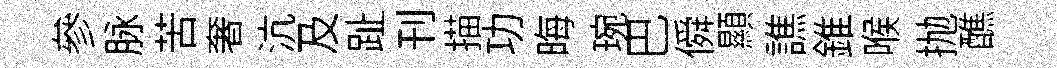
參脉苦奢沆及趾刊描功晦琬巴僢顯譙錐喉抛醮